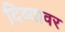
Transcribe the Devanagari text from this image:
दिव्यावर